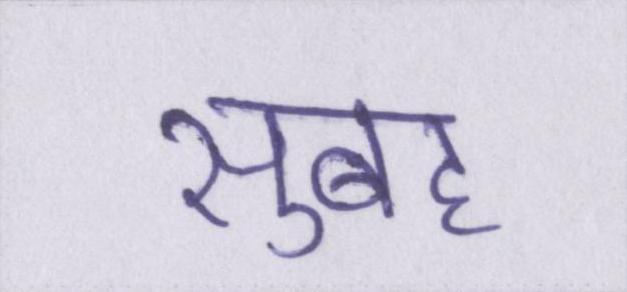
सुबह